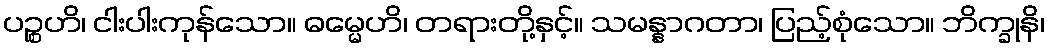
ပဉ္စဟိ၊ ငါးပါးကုန်သော။ ဓမ္မေဟိ၊ တရားတို့နှင့်။ သမန္နာဂတာ၊ ပြည့်စုံသော။ ဘိက္ခုနိ၊